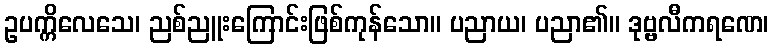
ဥပက္ကိလေသေ၊ ညစ်ညူးကြောင်းဖြစ်ကုန်သော။ ပညာယ၊ ပညာ၏။ ဒုဗ္ဗလီကရဏေ၊